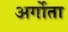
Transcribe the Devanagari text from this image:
अर्गोता